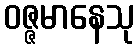
ဝဇ္ဇမာနေသု